Language: tamil
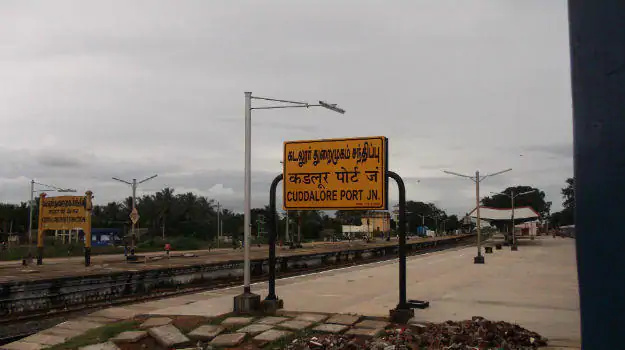
Transcription: கடலூர் துறைமுகம் சந்திப்பு